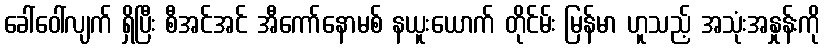
ခေါ်ဝေါ်လျက် ရှိပြီး စီအင်အင် အီကော်နောမစ် နယူးယောက် တိုင်မ်း မြန်မာ ဟူသည့် အသုံးအနှုန်းကို